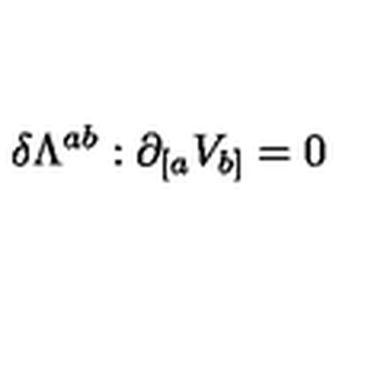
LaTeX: \delta \Lambda ^ { a b } : \partial _ { [ a } V _ { b ] } = 0